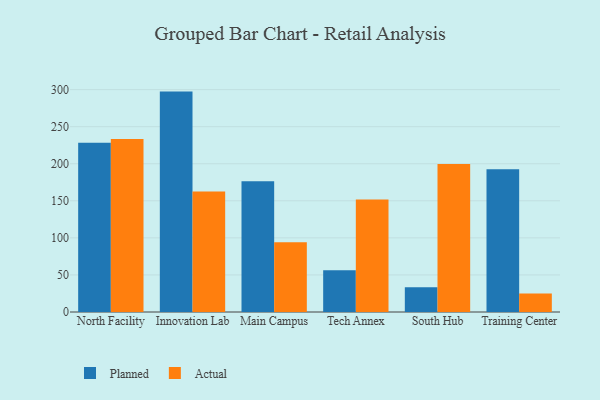
{"axis": {"x": "Campus", "y": "Latency (ms)"}, "legend": ["Actual", "Planned"], "data": [{"x": "North Facility", "y": 228.3, "type": "Planned"}, {"x": "North Facility", "y": 233.5, "type": "Actual"}, {"x": "Innovation Lab", "y": 297.3, "type": "Planned"}, {"x": "Innovation Lab", "y": 162.6, "type": "Actual"}, {"x": "Main Campus", "y": 176.3, "type": "Planned"}, {"x": "Main Campus", "y": 94.0, "type": "Actual"}, {"x": "Tech Annex", "y": 56.4, "type": "Planned"}, {"x": "Tech Annex", "y": 151.9, "type": "Actual"}, {"x": "South Hub", "y": 33.5, "type": "Planned"}, {"x": "South Hub", "y": 199.7, "type": "Actual"}, {"x": "Training Center", "y": 192.4, "type": "Planned"}, {"x": "Training Center", "y": 24.8, "type": "Actual"}]}